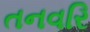
તનવરિ